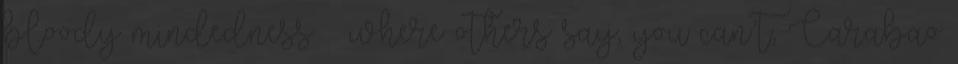
bloody mindedness – where others say, you can’t, Carabao